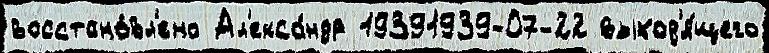
восстано́вл'ено Ал'екса́ндр 19391939-07-22 выход'я́щего